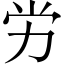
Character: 労